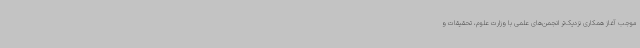
موجب آغاز همکاری نزدیک‌تر انجمن‌های علمی با وزارت علوم، تحقیقات و